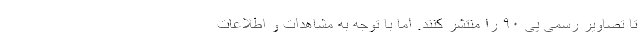
تا تصاویر رسمی پی ۹۰ را منتشر کنند. اما با توجه به مشاهدات و اطلاعات